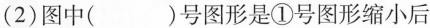
(2)图中( )号图形是①号图形缩小后